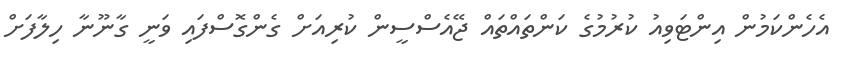
އެހެންކަމުން އިންޓަވިއު ކުރުމުގެ ކަންތައްތައް ޖޭއެސްސީން ކުރިއަށް ގެންގޮސްފައި ވަނީ ގާނޫނާ ހިލާފަށް